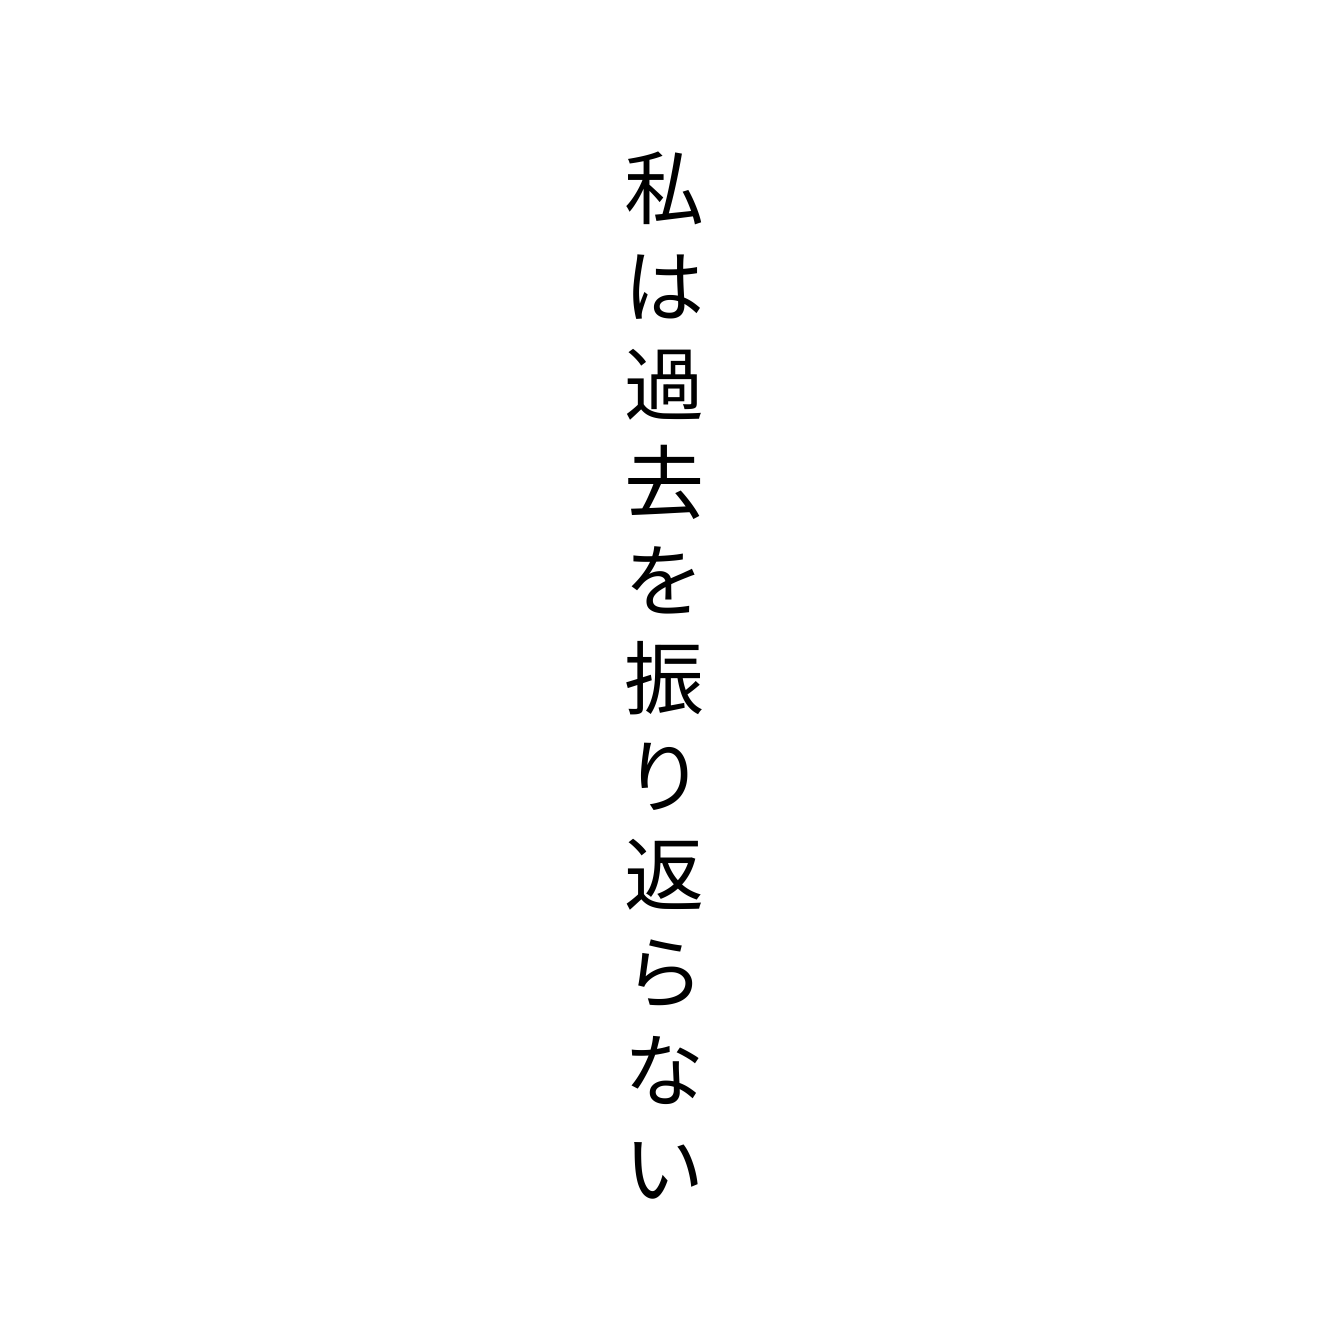
私は過去を振り返らない